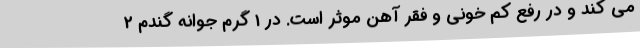
می کند و در رفع کم خونی و فقر آهن موثر است. در 1 گرم جوانه گندم 2